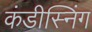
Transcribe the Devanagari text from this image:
कंडीस्निंग